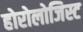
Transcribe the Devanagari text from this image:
होरोलोजिस्ट